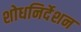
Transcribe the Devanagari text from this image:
शोधनिर्देशन